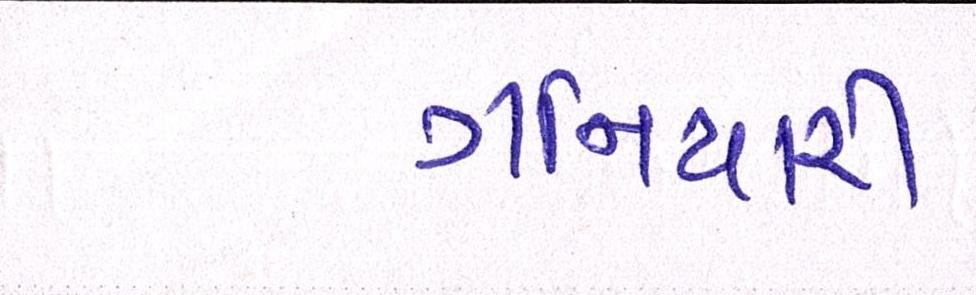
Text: ગનિયારી